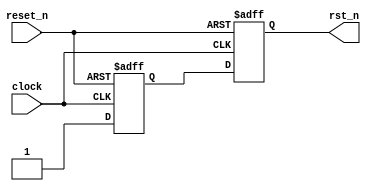
// sync_async_reset.v
// https://www.intel.com/content/www/us/en/docs/programmable/683082/23-1/use-synchronized-asynchronous-reset.html

module sync_async_reset (
        input    clock,
        input    reset_n,
        output   rst_n
        );
reg     reg3, reg4;
assign  rst_n    = reg4;
always @ (posedge clock, negedge reset_n)
begin
    if (!reset_n)
    begin
       reg3     <= 1'b0;
       reg4     <= 1'b0;
    end
    else
    begin
       reg3     <= 1'b1;
       reg4     <= reg3;
    end
end
endmodule  // sync_async_reset